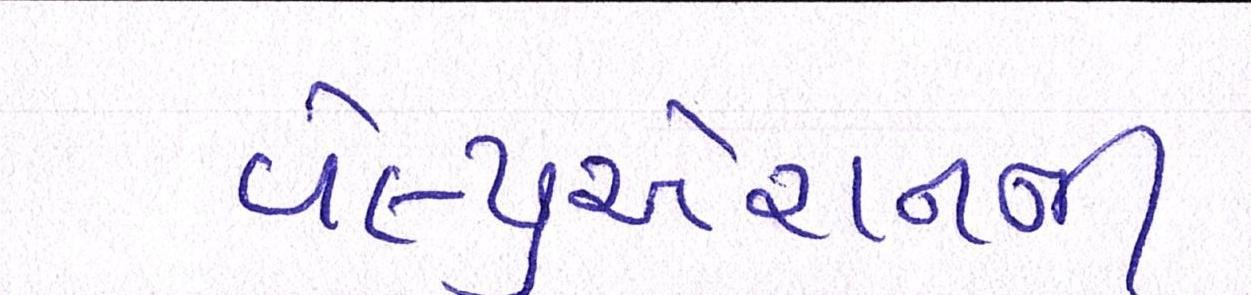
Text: વેલ્યુએશનની